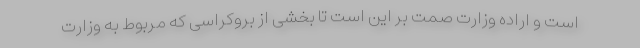
است و اراده وزارت صمت بر این است تا بخشی از بروکراسی که مربوط به وزارت